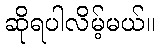
ဆိုရပါလိမ့်မယ်။